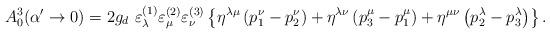
LaTeX: \begin{align*}A_{0}^{3}(\alpha^{\prime }\rightarrow 0)=2g_{d}\,\,\varepsilon^{(1)}_{\lambda}\varepsilon^{(2)}_{\mu }\varepsilon^{(3)}_{\nu }\left\{ \eta ^{\lambda \mu}\left( p_{1}^{\nu }-p_{2}^{\nu }\right) +\eta ^{\lambda \nu }\left(p_{3}^{\mu }-p_{1}^{\mu }\right) +\eta ^{\mu \nu }\left( p_{2}^{\lambda}-p_{3}^{\lambda }\right) \right\} . \end{align*}